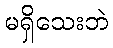
မရှိသေးဘဲ